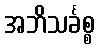
အဘိသင်္ခစ္စ